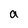
Character: a